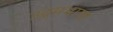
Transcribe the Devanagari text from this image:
उद्गमभाषा